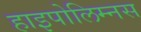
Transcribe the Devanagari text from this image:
हाइपोलिम्नस